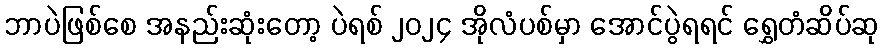
ဘာပဲဖြစ်စေ အနည်းဆုံးတော့ ပဲရစ် ၂၀၂၄ အိုလံပစ်မှာ အောင်ပွဲရရင် ရွှေတံဆိပ်ဆု